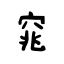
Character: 窕